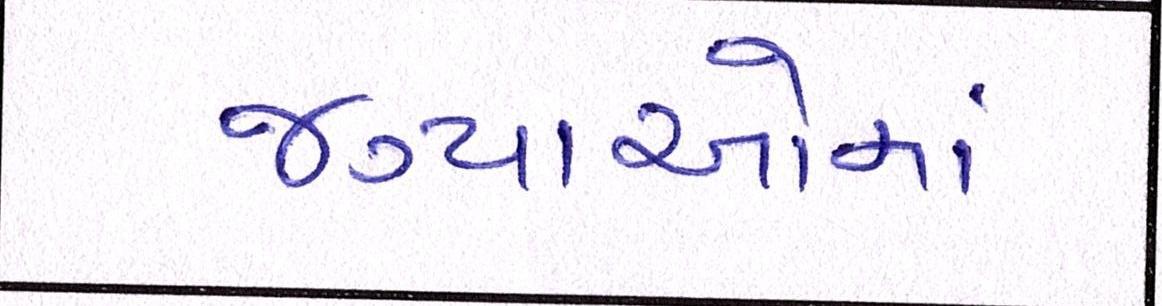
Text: જગ્યાઓમાં